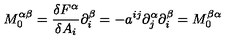
M _ { 0 } ^ { \alpha \beta } = \frac { \delta F ^ { \alpha } } { \delta A _ { i } } \partial _ { i } ^ { \beta } = - a ^ { i j } \partial _ { j } ^ { \alpha } \partial _ { i } ^ { \beta } = M _ { 0 } ^ { \beta \alpha }